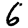
Digit: 6